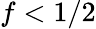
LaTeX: f<1/2